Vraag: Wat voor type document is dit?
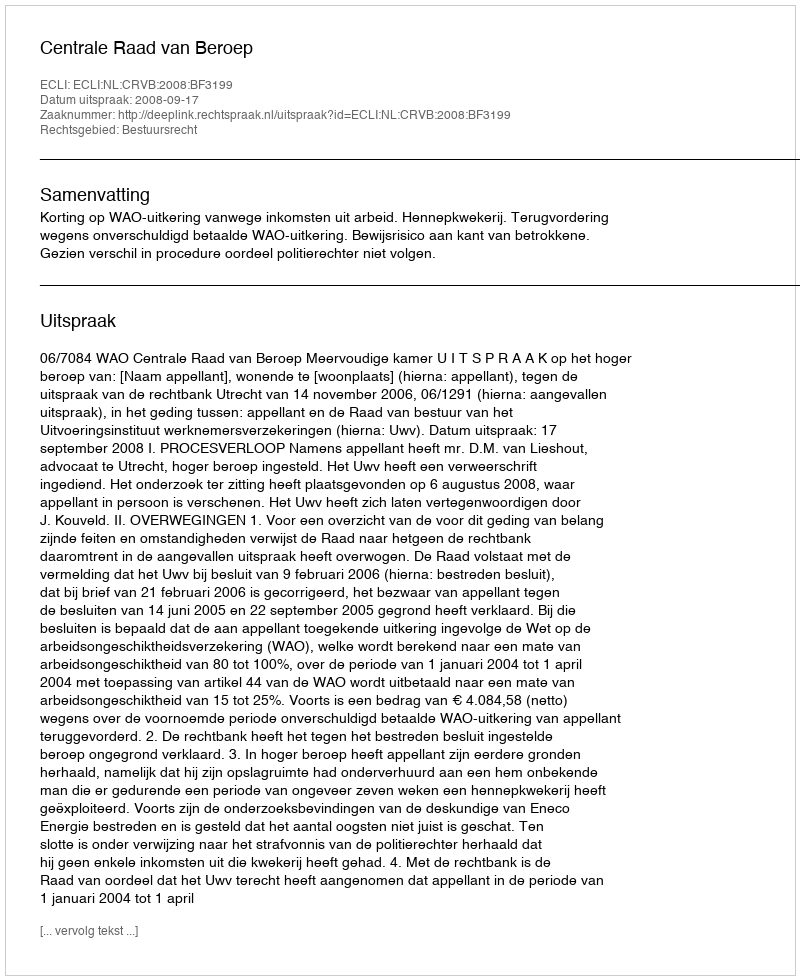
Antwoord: Uitspraak